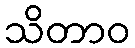
သိတာဝ